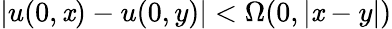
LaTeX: |u(0,\mathit{x})-u(0,y)|<\Omega(0,|\mathit{x}-y|)